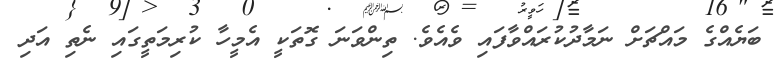
ބަޔެއްގެ މައްޗަށް ނަމާދުކުރައްވާފައި ވެއެވެ. ތިންވަނަ ގޮތަކީ އެމީހާ ކުރިމަތީގައި ނެތި އަދި